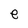
Character: e